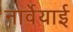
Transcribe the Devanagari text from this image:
नार्वेयाई